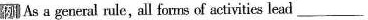
例 As a general rule, all forms of activities lead___